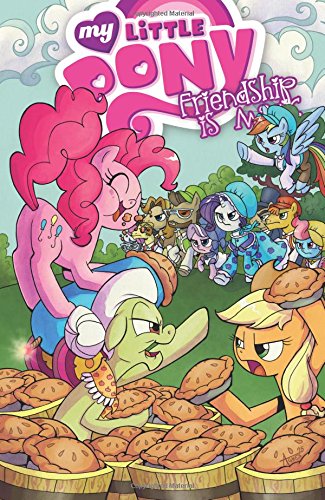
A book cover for My Little Pony: Friendship is Magic Volume 8 (My Little Pony Friendship Is Magic Tp); Ted Anderson; Comics & Graphic Novels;